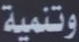
وتنمية